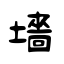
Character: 墻